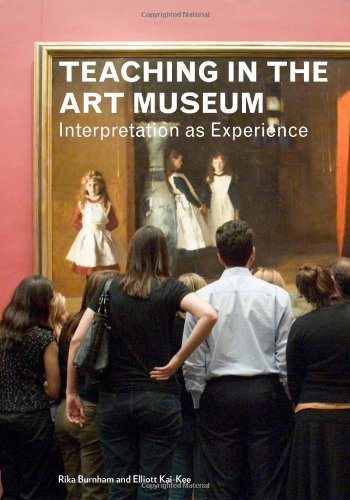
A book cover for Teaching in the Art Museum: Interpretation as Experience; Rika Burnham; Arts & Photography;